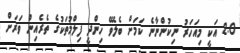
2.0 އަކީ މިއަހަރު ނިކުންނާނެ ކަމަށް ބެލެވޭ ހިންދީ ފިލްމުތަކުގެ ތެރެއިން ވަރަށް